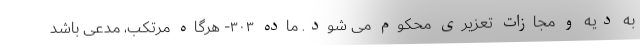
به دیه و مجازات تعزیری محکوم می شود. ماده ۳۰۳- هرگاه مرتکب، مدعی باشد